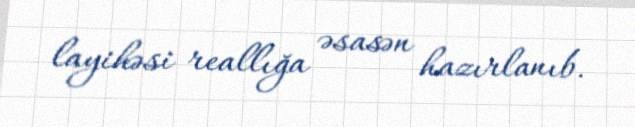
layihəsi reallığa əsasən hazırlanıb.